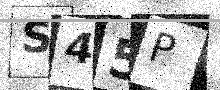
Text: S45P